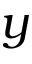
y